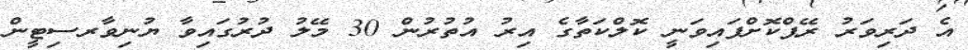
އެ ދަރިވަރު ރޭޕްކޮށްފައިވަނީ ކޮލްކަތާގެ އިރު އުތުރުން 30 މޭލު ދުރުގައިވާ ޔުނިވާރސިޓީން